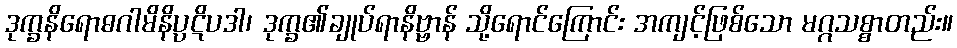
ဒုက္ခနိရောဓဂါမိနိပ္ပဋိပဒါ၊ ဒုက္ခ၏ချုပ်ရာနိဗ္ဗာန် သို့ရောင်ကြောင်း အကျင့်ဖြစ်သော မဂ္ဂသစ္စာတည်း။